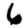
Digit: 6